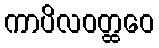
ကာပိလဝတ္ထဝေ